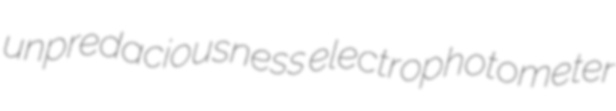
unpredaciousness electrophotometer